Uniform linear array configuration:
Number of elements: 12
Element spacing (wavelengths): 1
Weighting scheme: exponential
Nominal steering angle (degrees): -15
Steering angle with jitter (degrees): -16.09
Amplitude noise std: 0.05
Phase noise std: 0.05

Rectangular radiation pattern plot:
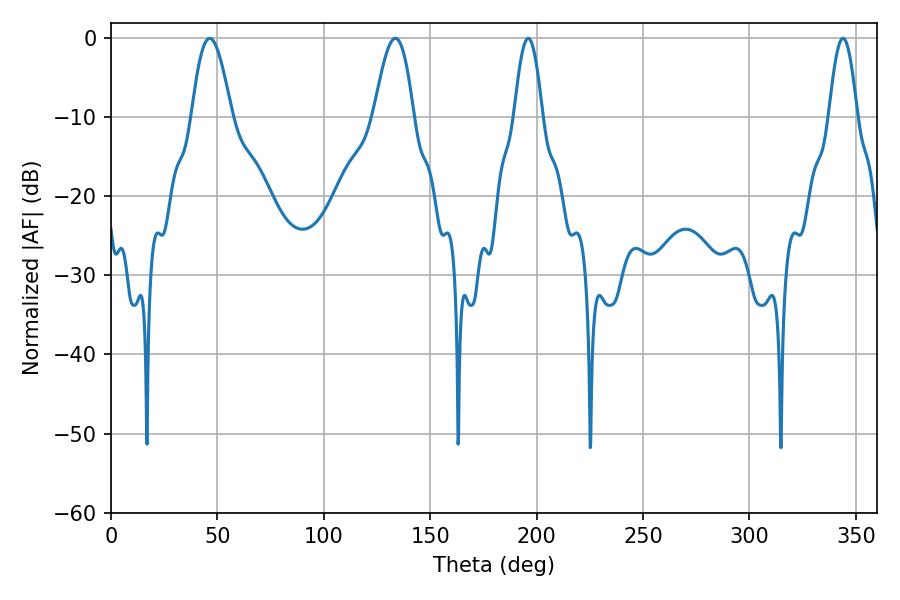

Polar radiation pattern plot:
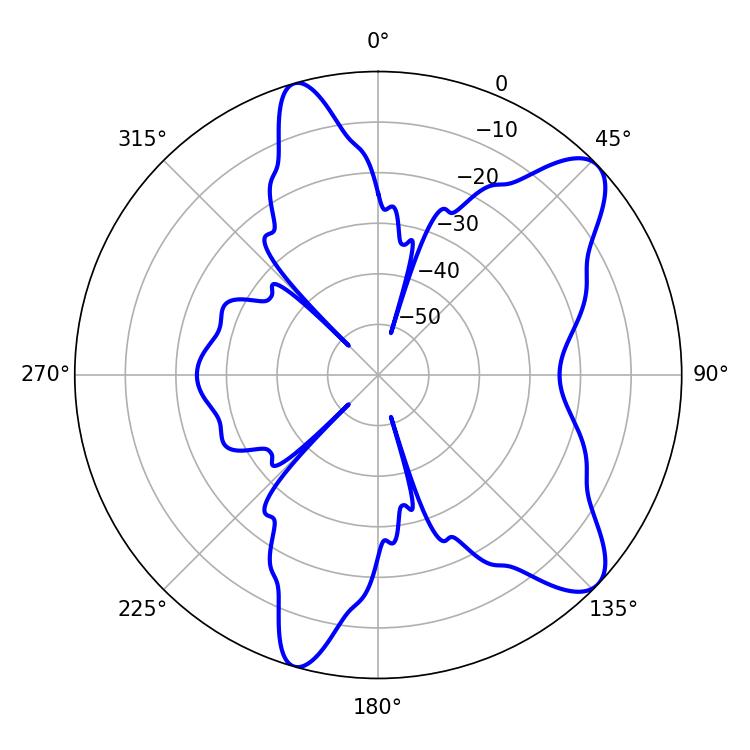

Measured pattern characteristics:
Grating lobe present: TRUE
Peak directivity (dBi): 9.524
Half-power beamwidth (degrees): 7.2
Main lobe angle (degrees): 196.02